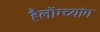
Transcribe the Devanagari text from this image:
हैलोंग्च्यांग